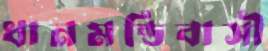
ধানমন্ডিবাসী